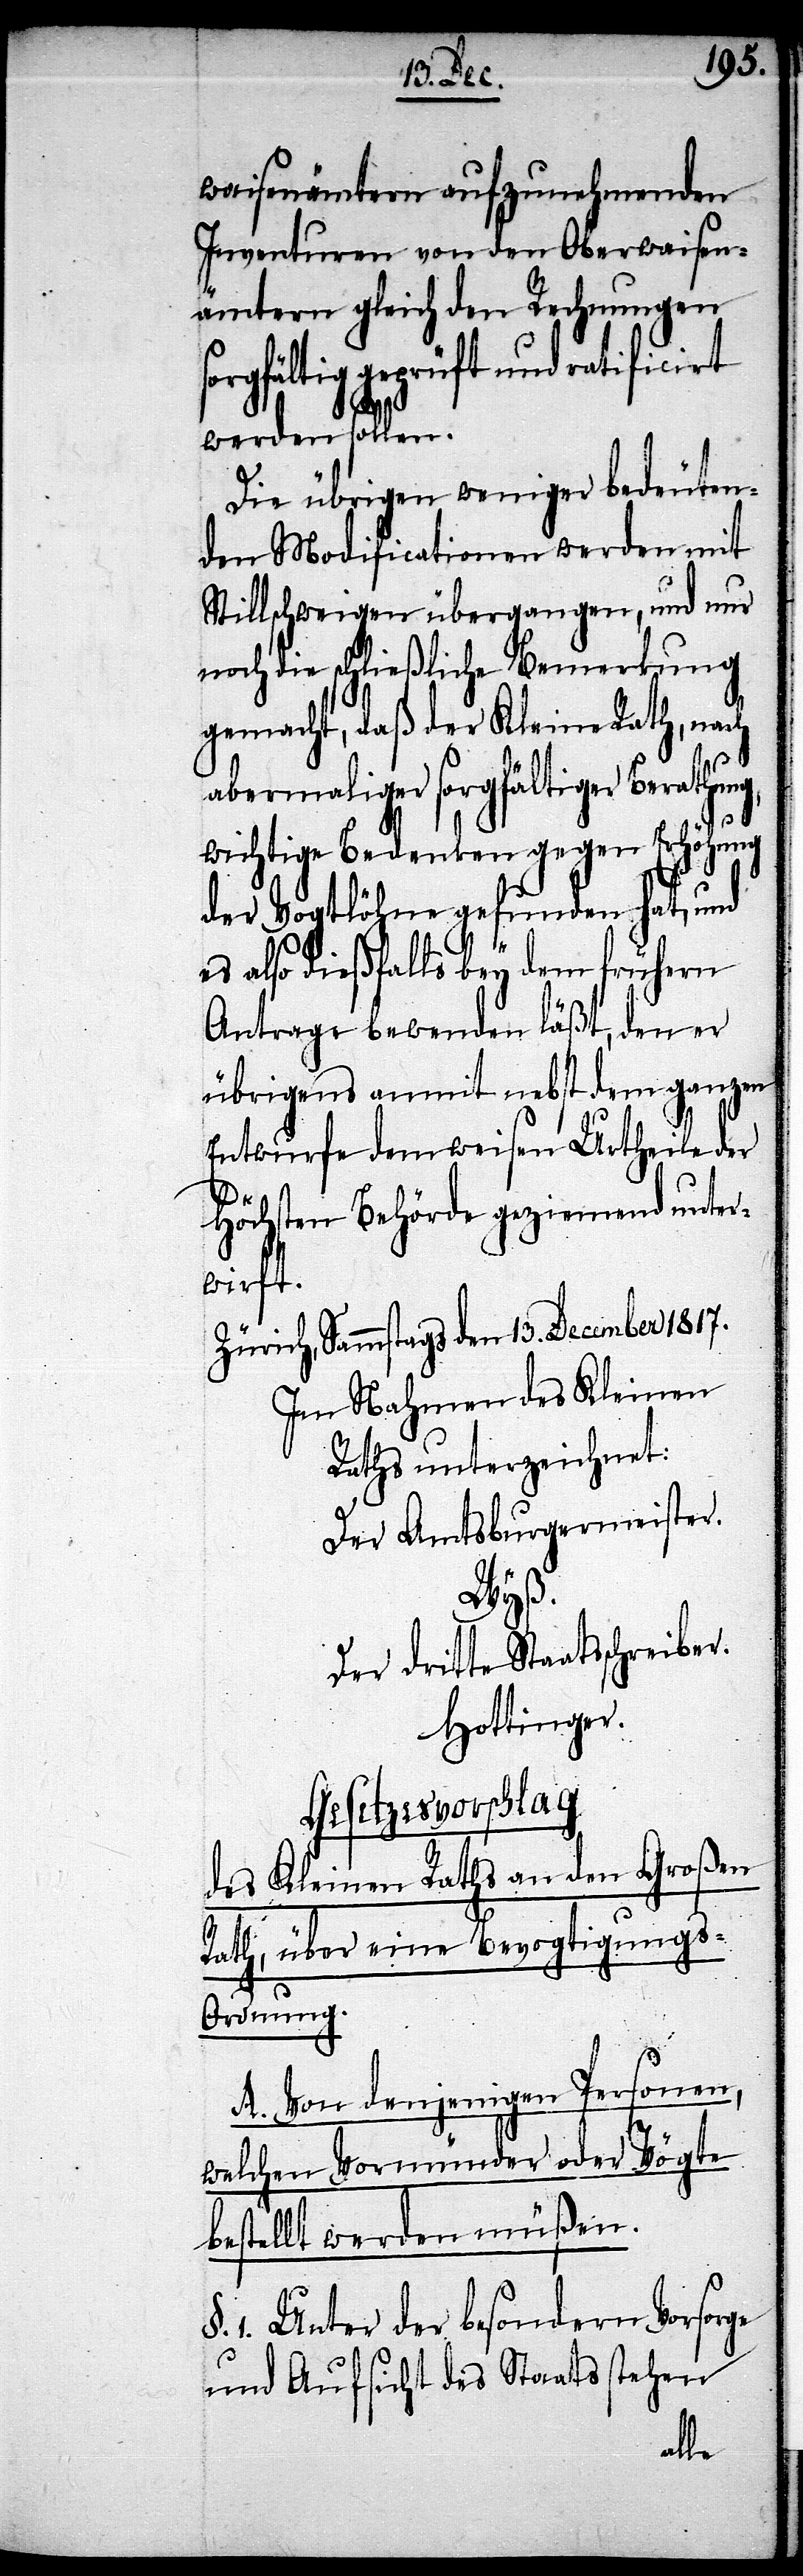
Waisenämtern aufzunehmenden
Inventuren von den Oberwaisen¬
ämtern gleich den Rechnungen
rgfältig geprüft und ratifici¬
werden sollen.
Die übrigen weniger bedeuten¬
den Modificationen werden mit
Stillschweigen übergangen, und nur
noch die schließliche Bemerkung
gemacht, daß der Kleine Rath, nach
abermaliger sorgfältiger Berathung,
rt
wichtige Bedenken gegen Erhöhung
der Vogtlöhne gefunden hat, und
es also dießfalls bey dem frühern
Antrage bewenden läßt, den er
übrigens anmit nebst dem ganzen
Entwurfe dem weisen Urtheile der
Höchsten Behörde geziemend unter¬
wirft.
Zürich, Sammstags den 13. December 1817.
Im Nahmen des Kleinen
Raths unterzeichnet:
Der Amtsburgermeister.
Wyß.
Der dritte Staatsschreiber
Hottinger.
Gesetzesvorschlag
des Kleinen Raths an den Großen
Rath, über eine Bevogtigungs-O¬
rdnung.
A. Von denjenigen Personen,
welchen Vormünder oder Vögte
bestellt werden müßen.
1. Unter der besondern Vorsorge
und Aufsicht des Staats stehen